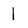
Character: 1